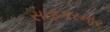
સાફકરનાર